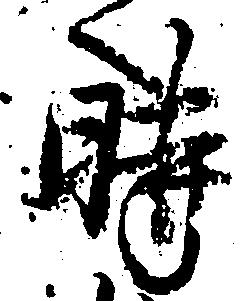
時